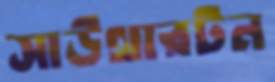
সাউথারটন